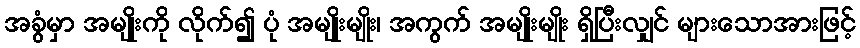
အခွံမှာ အမျိုးကို လိုက်၍ ပုံ အမျိုးမျိုး၊ အကွက် အမျိုးမျိုး ရှိပြီးလျှင် များသောအားဖြင့်